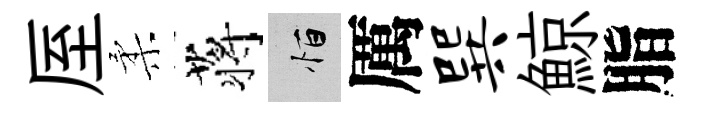
厔柔蒋恒厲巽鯨脂